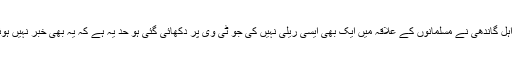
مودی جی کے سامنے اہم مسئلہ یہ ہے کہ گجرات میں راہل گاندھی نے مسلمانوں کے علاقہ میں ایک بھی ایسی ریلی نہیں کی جو ٹی وی پر دکھائی گئی ہو حد یہ ہے کہ یہ بھی خبر نہیں ہوئی کہ کانگریس نے کتنے ٹکٹ دیئے اور کس کو دیئے؟